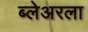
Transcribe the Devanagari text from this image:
ब्लेअरला